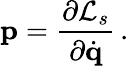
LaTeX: {\mathbf p}=\frac{\partial{\cal L}_{s}}{\partial\dot{\mathbf q}}\, .